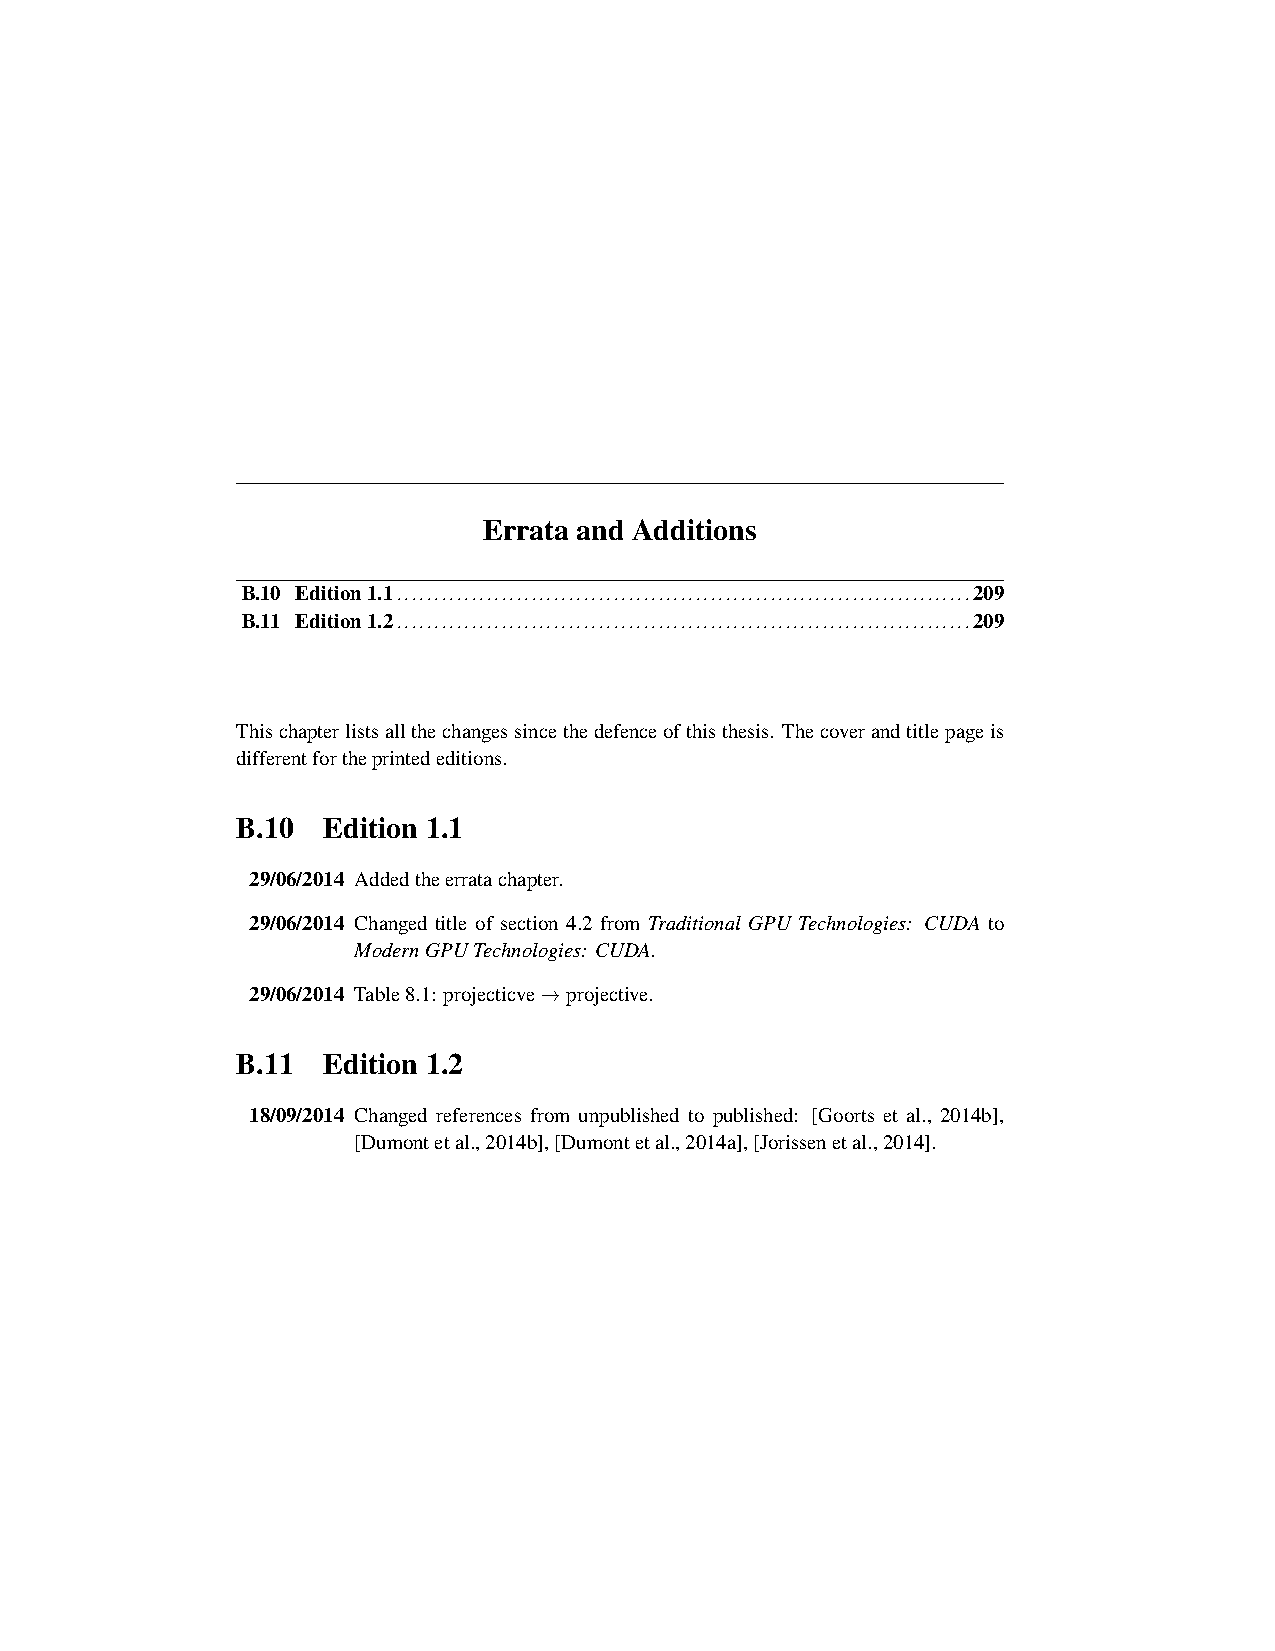
Errata and Additions
 B.10 Edition1.1                                 209
 .............................................................................
 B.11 Edition1.2                                 209
 .............................................................................
 Thischapterlistsallthechangessincethedefenceofthisthesis. Thecoverandtitlepageis
 differentfortheprintededitions.
 B.10 Edition 1.1
 29/06/2014 Addedtheerratachapter.
 29/06/2014 Changed title of section 4.2 from Traditional GPU Technologies: CUDA to
 ModernGPUTechnologies: CUDA.
 29/06/2014 Table8.1: projecticve→projective.
 B.11 Edition 1.2
 18/09/2014 Changed references from unpublished to published: [Goorts et al., 2014b],
 [Dumontetal.,2014b],[Dumontetal.,2014a],[Jorissenetal.,2014].